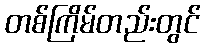
တစ်ကြိမ်တည်းတွင်